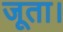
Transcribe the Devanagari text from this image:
जूता।